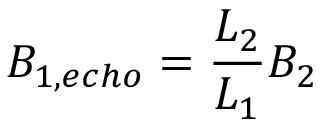
B _ { 1 , e c h o } = \frac { L _ { 2 } } { L _ { 1 } } B _ { 2 }